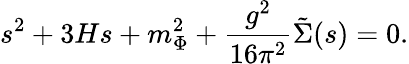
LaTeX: s^{2}+3Hs+m_{\Phi}^{2}+\frac{g^{2}}{16{\pi}^{2}}\tilde{\Sigma}(s)=0.